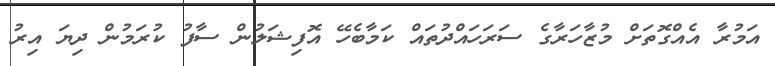
އަމުރާ އެއްގޮތަށް މުޒާހަރާގެ ސަރަހައްދުތައް ކަމާބެހޭ އޮފިޝަލުން ސާފު ކުރަމުން ދިޔަ އިރު